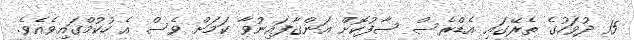
15 ދުވަހުގެ ތެރޭގައި އެޑްރެސް ސާފުކޮށް އަންގާފައިނުވާ ކަމަށް ވެސް އެ ހުކުމްގައިވެއެވެ.